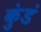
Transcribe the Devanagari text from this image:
कुंडं